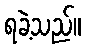
ရခဲ့သည်။